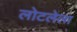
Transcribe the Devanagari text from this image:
लोटलेला